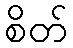
စိတ်